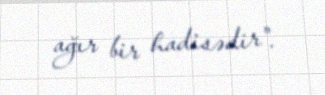
ağır bir hadisədir".